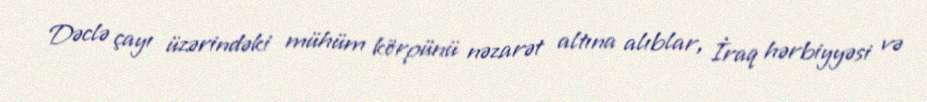
Dəclə çayı üzərindəki mühüm körpünü nəzarət altına alıblar, İraq hərbiyyəsi və